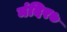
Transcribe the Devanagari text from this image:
मंदिर७